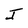
Character: J